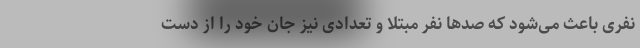
نفری باعث می‌شود که صدها نفر مبتلا و تعدادی نیز جان خود را از دست